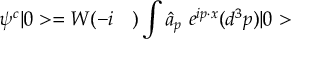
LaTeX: \psi ^ { c } | 0 > = W ( - i \mathrm { \boldmath ~ \nabla ~ } ) \int \hat { a } _ { p } ~ e ^ { i p \cdot x } ( d ^ { 3 } p ) | 0 >